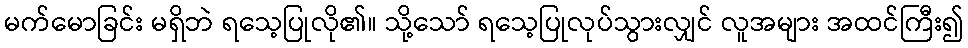
မက်မောခြင်း မရှိဘဲ ရသေ့ပြုလို၏။ သို့သော် ရသေ့ပြုလုပ်သွားလျှင် လူအများ အထင်ကြီး၍